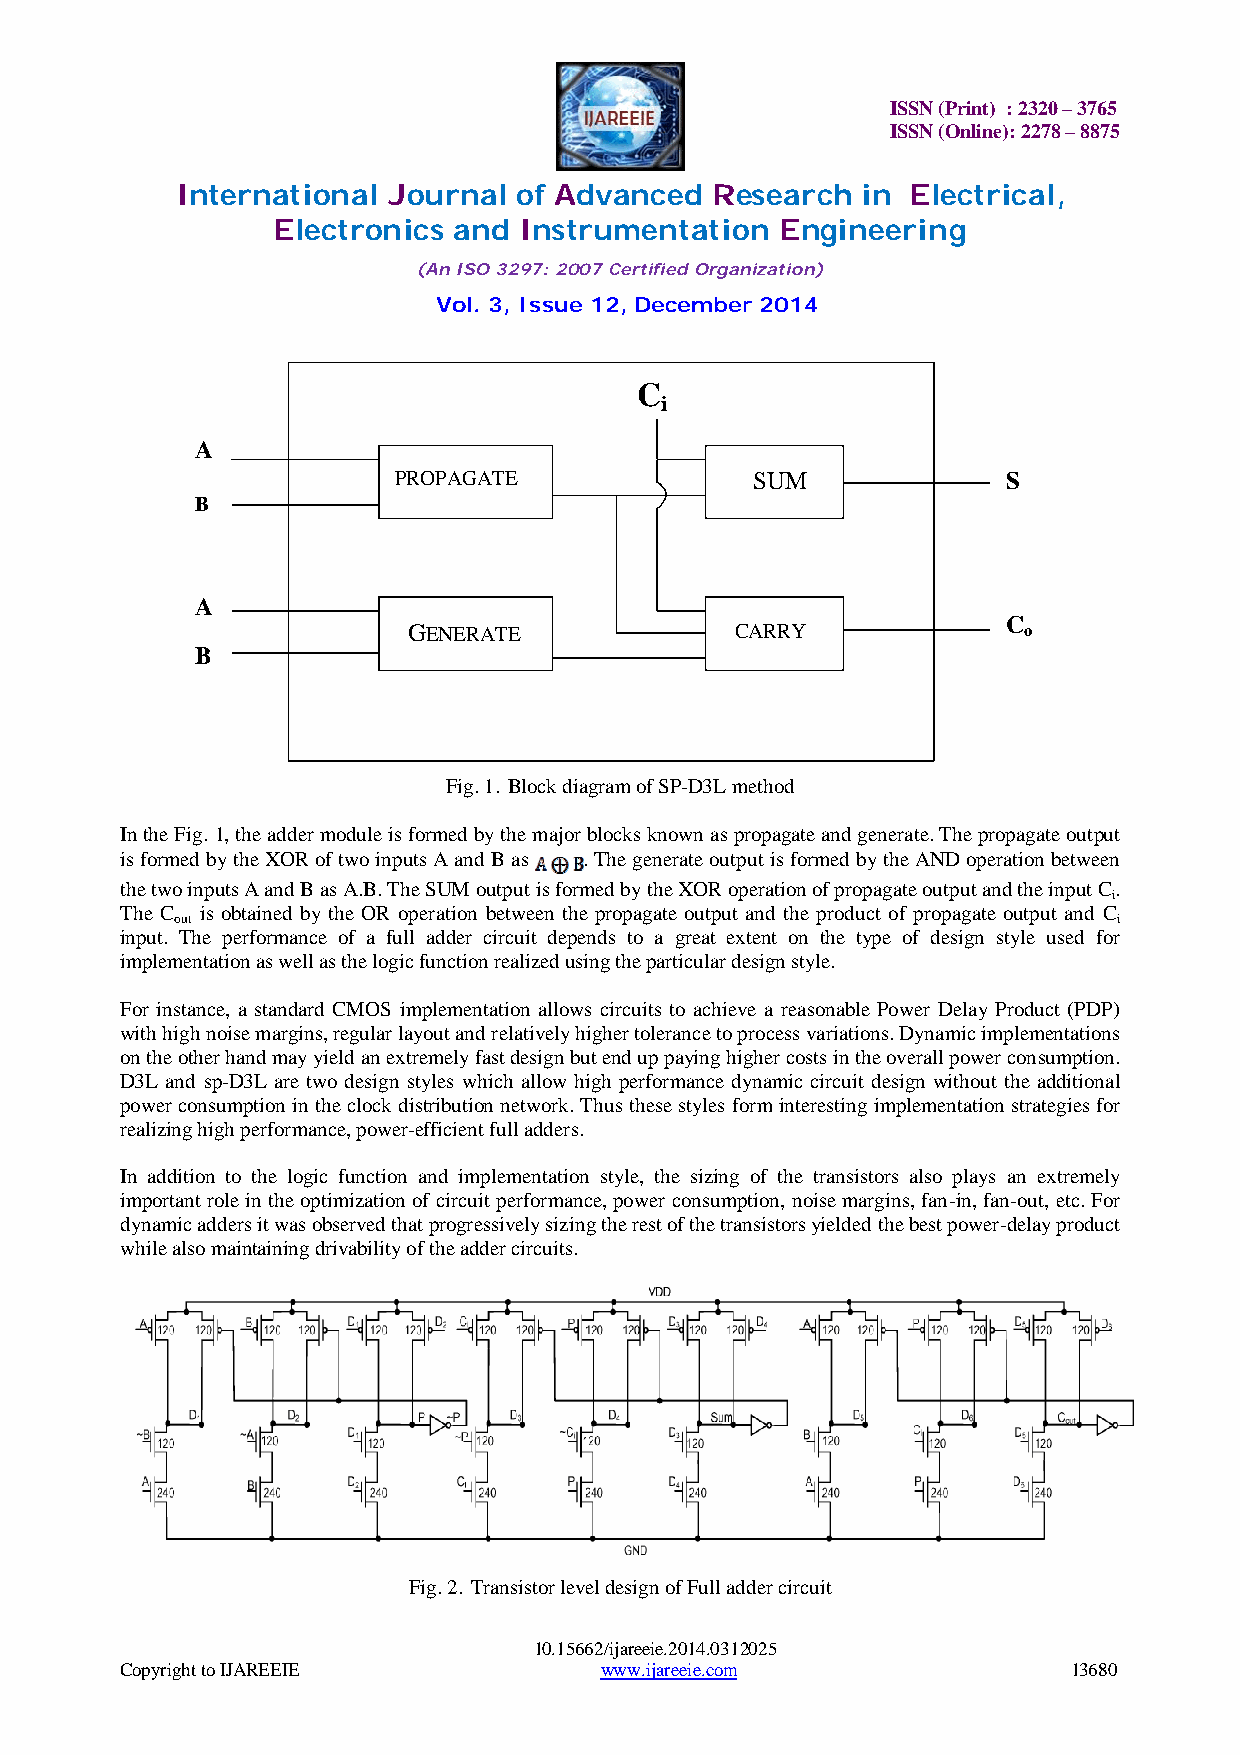
ISSN (Print) : 2320 – 3765
 ISSN (Online): 2278 – 8875
 International Journal of Advanced  Research  in Electrical,
 Electronics and Instrumentation   Engineering
 (An ISO 3297: 2007 Certified Organization)
 Vol. 3, Issue 12, December 2014
 C
 i
 A
 PROPAGATE               SUM              S
 B
 A
 GENERATE              CARRY
 C
 o
 B
 Fig. 1. Block diagram of SP-D3L method
 In the Fig. 1, the adder module is formed by the major blocks known as propagate and generate. The propagate output
 is formed by the XOR of two inputs A and B as . The generate output is formed by the AND operation between
 the two inputs A and B as A.B. The SUM output is formed by the XOR operation of propagate output and the input C.
 i
 The C is obtained by the OR operation between the propagate output and the product of propagate output and C
 out                                                           i
 input. The performance of a full adder circuit depends to a great extent on the type of design style used for
 implementation as well as the logic function realized using the particular design style.
 For instance, a standard CMOS implementation allows circuits to achieve a reasonable Power Delay Product (PDP)
 with high noise margins, regular layout and relatively higher tolerance to process variations. Dynamic implementations
 on the other hand may yield an extremely fast design but end up paying higher costs in the overall power consumption.
 D3L and sp-D3L are two design styles which allow high performance dynamic circuit design without the additional
 power consumption in the clock distribution network. Thus these styles form interesting implementation strategies for
 realizing high performance, power-efficient full adders.
 In addition to the logic function and implementation style, the sizing of the transistors also plays an extremely
 important role in the optimization of circuit performance, power consumption, noise margins, fan-in, fan-out, etc. For
 dynamic adders it was observed that progressively sizing the rest of the transistors yielded the best power-delay product
 while also maintaining drivability of the adder circuits.
 Fig. 2. Transistor level design of Full adder circuit
 10.15662/ijareeie.2014.0312025
 Copyright to IJAREEIE           www.ijareeie.com               13680